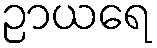
ဉာယရေ